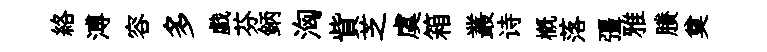
絡溥容多戯芬鈵洶貲芝虞箱叢诗槪落彊雅賸奠